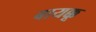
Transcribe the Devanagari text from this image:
बायक्कू